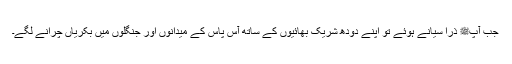
جب آپﷺ ذرا سیانے ہوئے تو اپنے دودھ شریک بھائیوں کے ساتھ آس پاس کے میدانوں اور جنگلوں میں بکریاں چرانے لگے۔